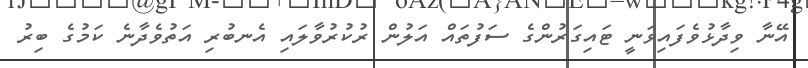
އޭނާ ވިދާޅުވެފައިވަނީ ޓައިގަރުންގެ ސަފުތައް އަލުން ރުކުރުވާލައި އެނބުރި އަތުވެދާނެ ކަމުގެ ބިރު